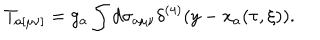
T _ { a [ \mu \nu ] } = g _ { a } \int d \sigma _ { a \mu \nu } \delta ^ { ( 4 ) } ( y - x _ { a } ( \tau , \xi ) ) .